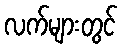
လက်များတွင်